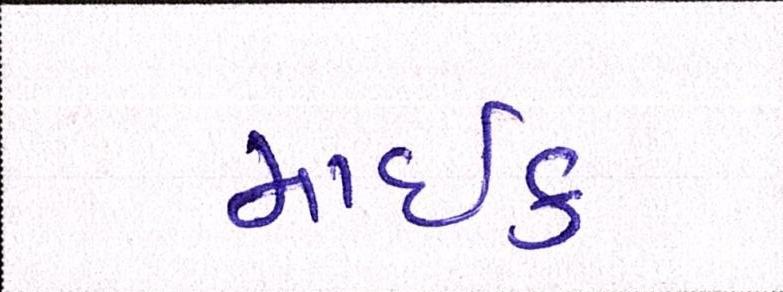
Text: માઇક